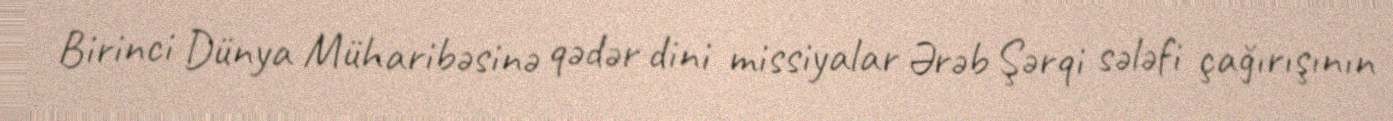
Birinci Dünya Müharibəsinə qədər dini missiyalar Ərəb Şərqi sələfi çağırışının